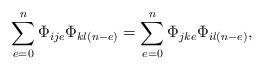
LaTeX: \begin{align*}\sum_{e=0}^{n}\Phi_{ije}\Phi_{kl(n-e)}=\sum_{e=0}^{n}\Phi_{jke}\Phi_{il(n-e)},\end{align*}